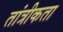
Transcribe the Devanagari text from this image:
तांत्रीकता